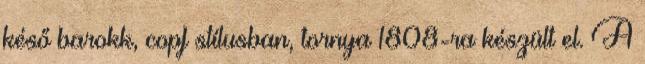
késő barokk, copf stílusban, tornya 1808-ra készült el. A